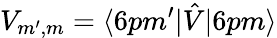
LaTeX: V_{m^{\prime},m}=\langle 6pm^{\prime}|\hat{V}|6pm\rangle